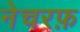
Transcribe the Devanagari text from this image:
नेचरफ़